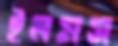
ইলমস